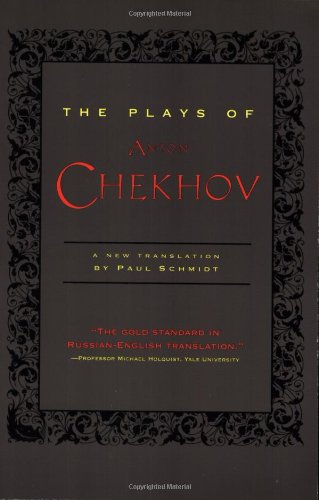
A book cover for The Plays of Anton Chekhov; Anton Chekhov; Literature & Fiction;